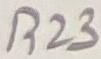
Text: R23